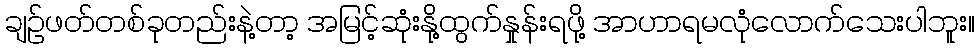
ချဉ်ဖတ်တစ်ခုတည်းနဲ့တာ့ အမြင့်ဆုံးနို့ထွက်နှုန်းရဖို့ အာဟာရမလုံလောက်သေးပါဘူး။